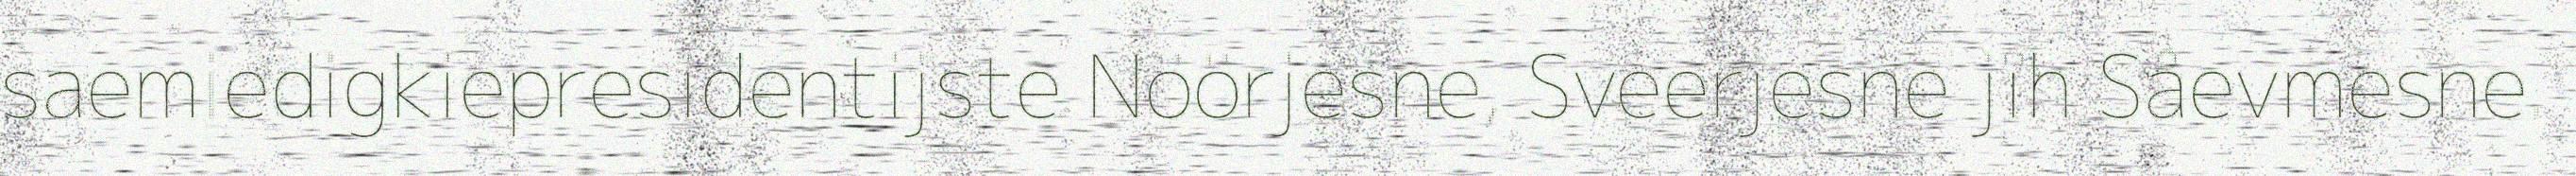
saemiedigkiepresidentijste Nöörjesne, Sveerjesne jïh Såevmesne.